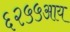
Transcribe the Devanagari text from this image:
६२५५आय